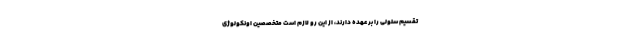
تقسیم سلولی را بر عهده دارند، از این رو لازم است متخصصین اونکولوژی